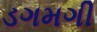
ડગમગી